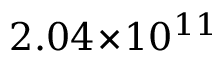
2 . 0 4 \! \times \! 1 0 ^ { 1 1 }